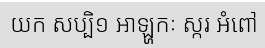
យក សប្បិ១ អាឡ្ហកៈ ស្ករ អំពៅ